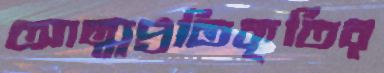
আত্মপ্রতিকৃতির